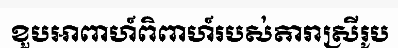
ខួបអាពាហ៍ពិពាហ៍របស់តារាស្រីរូប